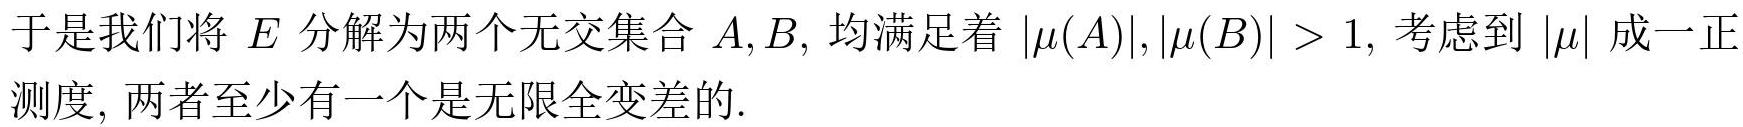
于是我们将 $E$ 分解为两个无交集合 $A,B,$ 均满足着 $|\mu(A)|,|\mu(B)| > 1,$ 考虑到 $|\mu|$ 成一正测度, 两者至少有一个是无限全变差的.